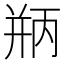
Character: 𪪃